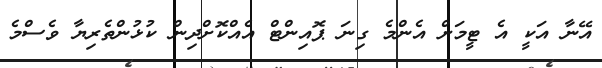
އޭނާ އަކީ އެ ޓީމަށް އެންމެ ގިނަ ޕޮއިންޓް އެއްކޮށްދިން ކުޅުންތެރިޔާ ވެސްމެ